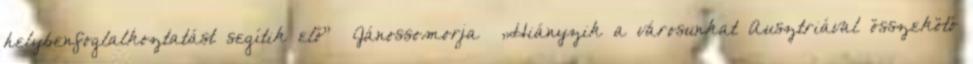
helybenfoglalkoztatást segítik elő” ▪Jánossomorja ▪„Hiányzik a városunkat Ausztriával összekötő